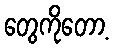
တွေကိုတော့